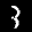
Label: 3